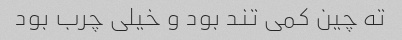
ته چین کمی تند بود و خیلی چرب بود